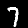
Label: 7